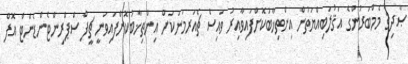
ޞާދިޤު މެމްބަރުންގެ އަޤުލަބިއްޔަތުން އިންތިޚާބުކޮށްފައިވާއިރު ވައިސް ޗެއަރމަނަކަށް އިންތިޚާބުކޮށްފައިވަނީ ޗީފް ސްޕްރިންޓެންޑެންޓް އޮފް